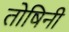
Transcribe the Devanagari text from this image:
तोषिनी